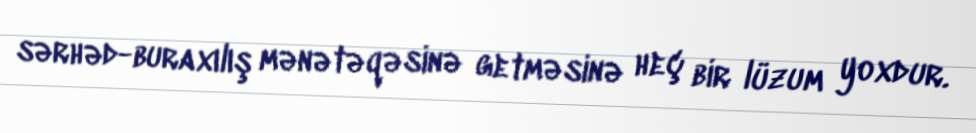
sərhəd-buraxılış mənətəqəsinə getməsinə heç bir lüzum yoxdur.